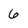
Character: 6